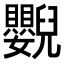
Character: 𦦿